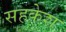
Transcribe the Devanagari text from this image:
सहकेश